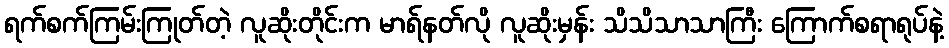
ရက်စက်ကြမ်းကြုတ်တဲ့ လူဆိုးတိုင်းက မာရ်နတ်လို လူဆိုးမှန်း သိသိသာသာကြီး ကြောက်စရာရုပ်နဲ့